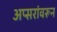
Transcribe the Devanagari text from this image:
अप्सरांवरून